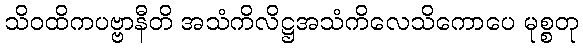
သိဝထိကပဗ္ဗာနီတိ အသံကိလိဋ္ဌအသံကိလေသိကောပေ မုစ္စတု